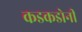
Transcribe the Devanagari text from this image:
कडकडोनी